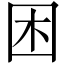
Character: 困